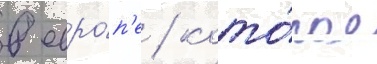
в евро́п'е / кото́рое